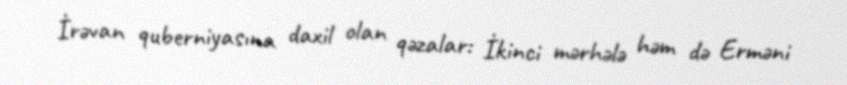
İrəvan quberniyasına daxil olan qəzalar: İkinci mərhələ həm də Erməni